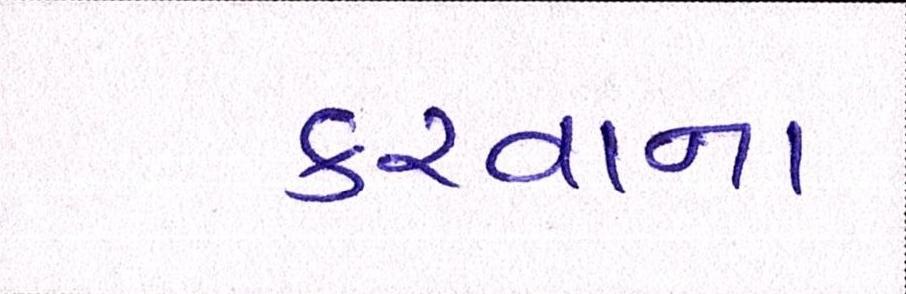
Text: કરવાના